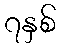
၇နှစ်